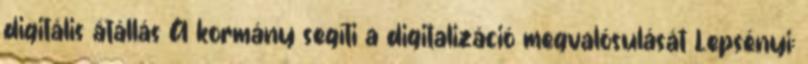
digitális átállás A kormány segíti a digitalizáció megvalósulását Lepsényi: